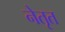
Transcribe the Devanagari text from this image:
नेतृत